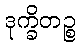
ဒုက္ခိတဉ္စ